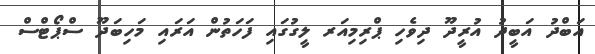
އަބްދު އަބީދު އުރީދޫ ދިވެހި ޕްރިމިއަރ ލީގުގައި ފަހަތުން އަރައި މަހިބަދޫ ސްޕޯޓްސް